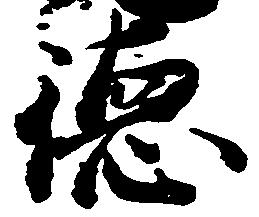
徳